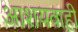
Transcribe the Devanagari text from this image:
आशयवाही